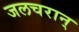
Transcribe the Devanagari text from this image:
जलचरान्